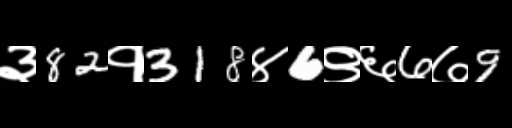
Text: ३82१318४6९६6७9